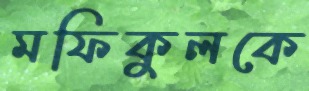
মফিকুলকে